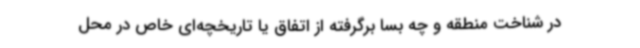
در شناخت منطقه و چه بسا برگرفته از اتفاق یا تاریخچه‌ای خاص در محل